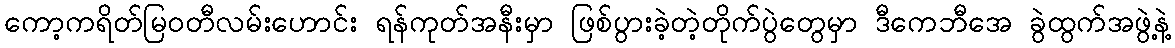
ကော့ကရိတ်မြဝတီလမ်းဟောင်း ရန်ကုတ်အနီးမှာ ဖြစ်ပွားခဲ့တဲ့တိုက်ပွဲတွေမှာ ဒီကေဘီအေ ခွဲထွက်အဖွဲ့နဲ့